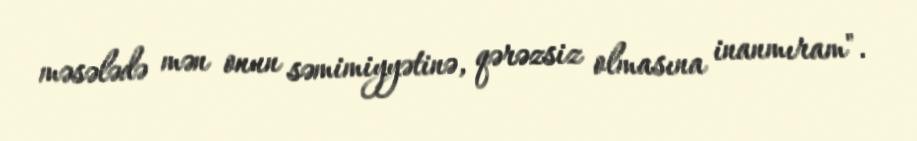
məsələdə mən onun səmimiyyətinə, qərəzsiz olmasına inanmıram".